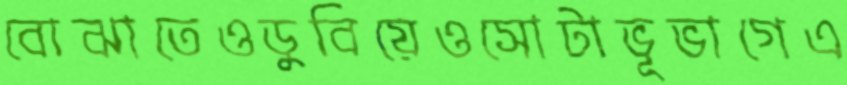
বোঝাতেওডুবিয়েওসোটাভূভাগেএ